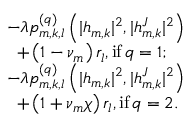
\begin{array} { r l } & { - \lambda p _ { m , k , l } ^ { ( q ) } \left( | h _ { m , k } | ^ { 2 } , | h _ { m , k } ^ { J } | ^ { 2 } \right) } \\ & { \; \; + \left( 1 - \nu _ { m } \right) r _ { l } , { \mathrm { i f } } \, q = 1 ; } \\ & { - \lambda p _ { m , k , l } ^ { ( q ) } \left( | h _ { m , k } | ^ { 2 } , | h _ { m , k } ^ { J } | ^ { 2 } \right) } \\ & { \; \; + \left( 1 + \nu _ { m } \chi \right) r _ { l } , { \mathrm { i f } } \, q = 2 . } \end{array}